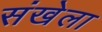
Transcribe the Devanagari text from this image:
संखेला